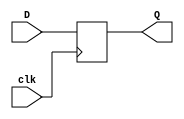
`timescale 1ns / 1ps
//////////////////////////////////////////////////////////////////////////////////
// Company: 
// Engineer: 
// 
// Design Name: 
// Module Name: dff
// Project Name: 
// Target Devices: 
// Tool Versions: 
// Description: 
// 
// Dependencies: 
// 
// Revision:
// Revision 0.01 - File Created
// Additional Comments:
// 
//////////////////////////////////////////////////////////////////////////////////


module dff( input clk, input D, output reg Q );
    
    always @ (posedge clk) begin
    Q <= D;
    end

endmodule